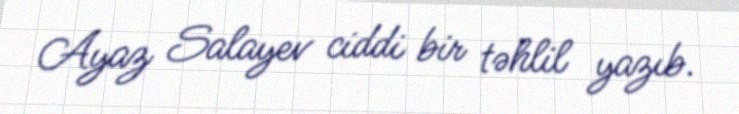
Ayaz Salayev ciddi bir təhlil yazıb.